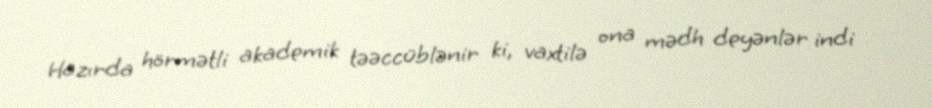
Hazırda hörmətli akademik təəccüblənir ki, vaxtilə ona mədh deyənlər indi